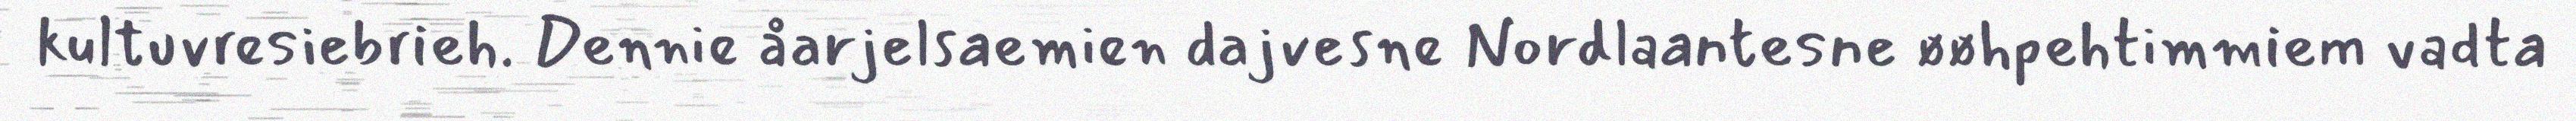
kultuvresiebrieh. Dennie åarjelsaemien dajvesne Nordlaantesne øøhpehtimmiem vadta